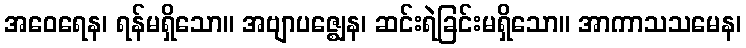
အဝေရေန၊ ရန်မရှိသော။ အဗျာပဇ္ဈေန၊ ဆင်းရဲခြင်းမရှိသော။ အာကာသသမေန၊